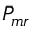
\bar { P } _ { m r }